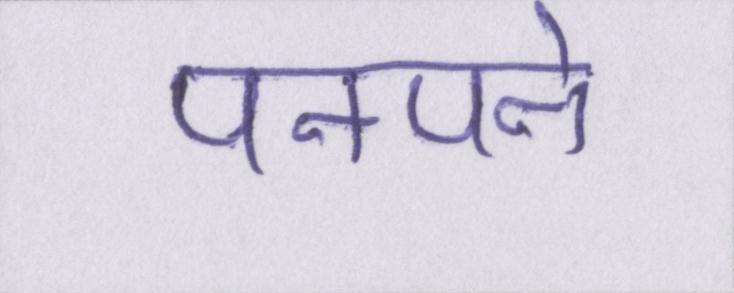
पनपने